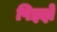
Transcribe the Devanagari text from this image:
पिझ्झे